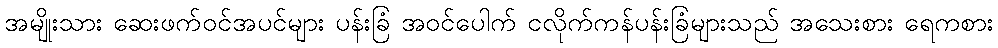
အမျိုးသား ဆေးဖက်ဝင်အပင်များ ပန်းခြံ အဝင်ပေါက် ငလိုက်ကန်ပန်းခြံများသည် အသေးစား ရေကစား